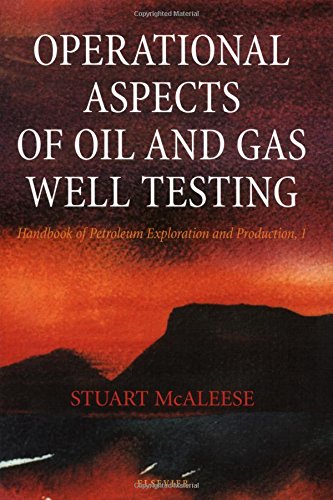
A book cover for Operational Aspects of Oil and Gas Well Testing, Volume 1 (Handbook of Petroleum Exploration and Production); S. McAleese; Science & Math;